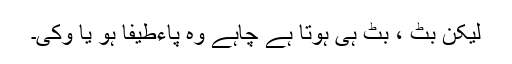
لیکن بٹ ، بٹ ہی ہوتا ہے چاہے وہ پاءطیفا ہو یا وکّی۔